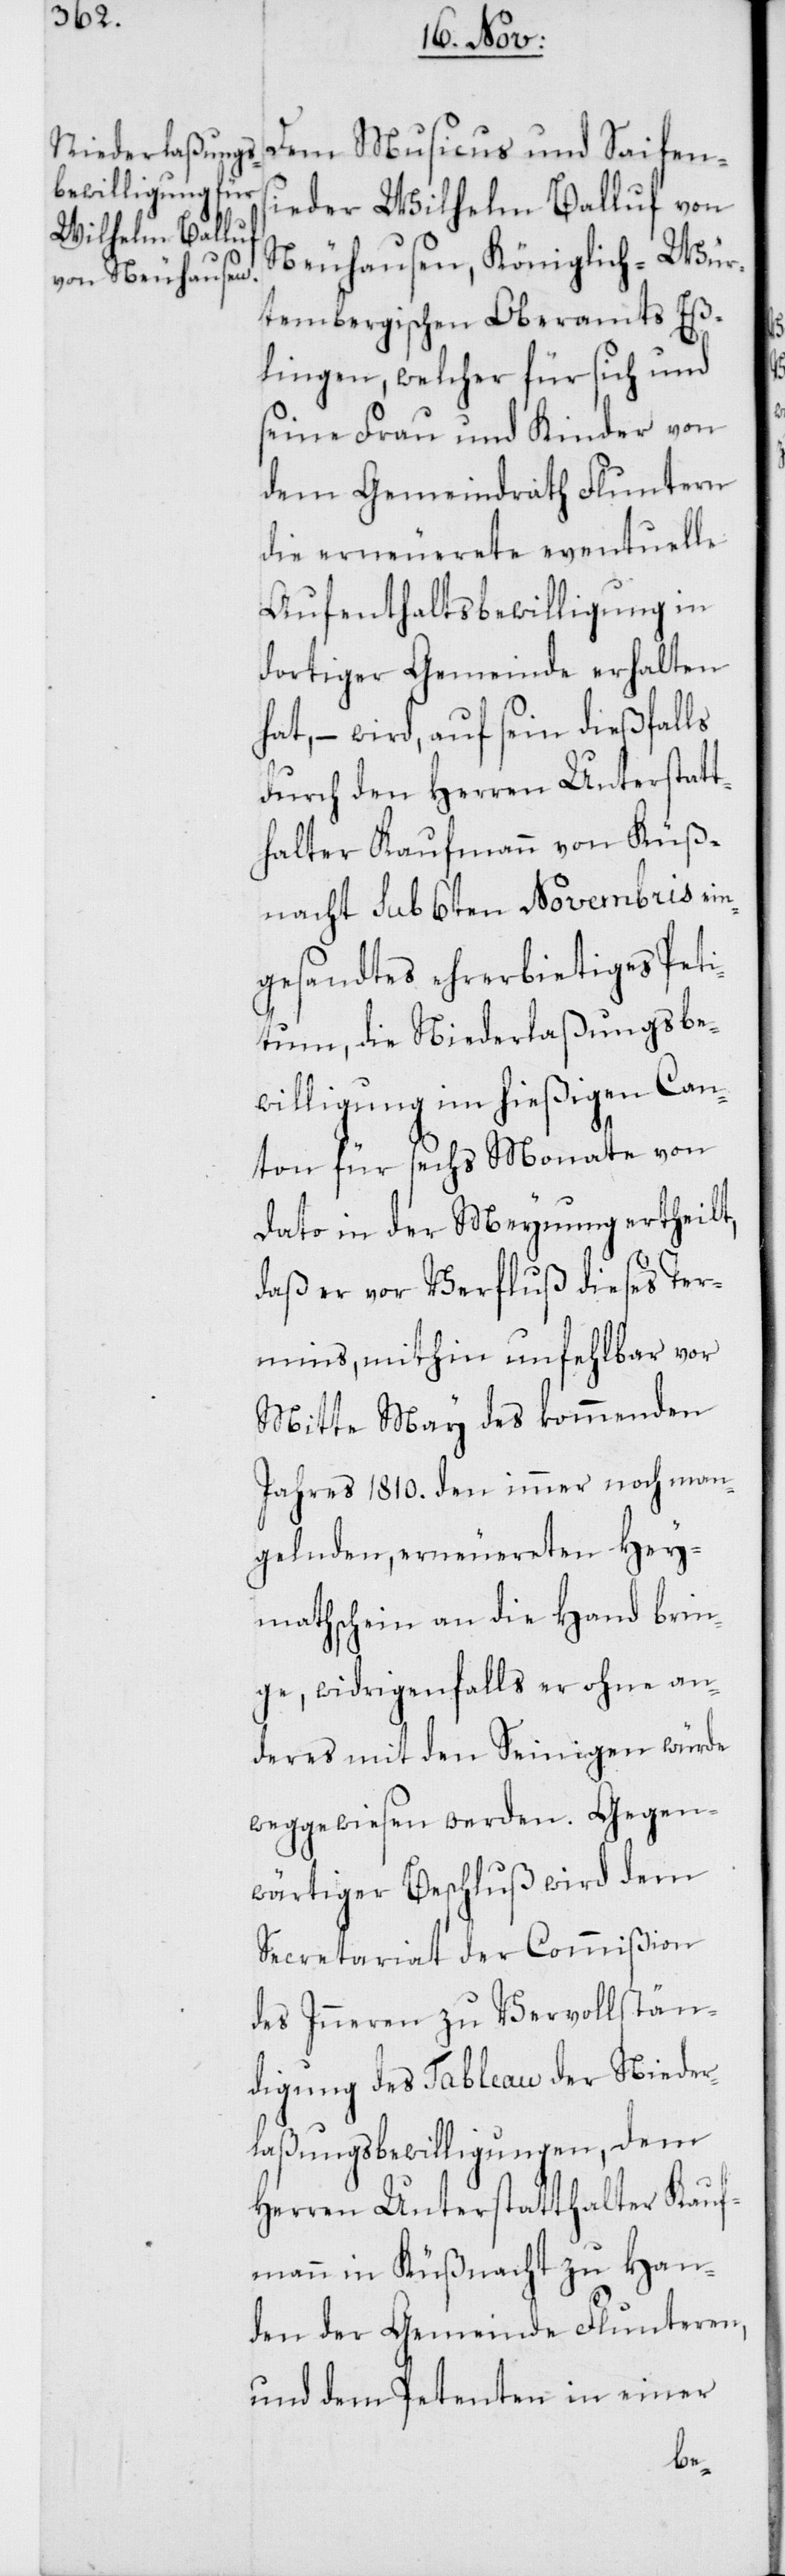
Dem Musicus und Seifens¬
ieder Wilhelm Balluf von
Neuhausen, Königlich-Wür¬
tembergischen Oberamts Eß¬
lingen, welcher für sich und
seine Frau und Kinder von
dem Gemeindrath Fluntern
die erneuerete eventuelle
Aufenthaltsbewilligung in
dortiger Gemeinde erhalten
hat, – wird, auf sein dießfalls
durch den Herren Unterstat¬
thalter Kaufmann von Küß¬
nacht sub 6ten Novembris ein¬
gesandtes ehrerbietiges Peti¬
tum, die Niederlaßungsbe¬
willigung im hießigen Can¬
ton für sechs Monate von
dato in der Meynung ertheilt,
daß er vor Verfluß dieses Ter¬
mins, mithin unfehlbar vor
Mitte May des kommenden
Jahres 1810. den immer noch man¬
gelnden, erneuereten Hey¬
mathschein an die Hand brin¬
ge, widrigenfalls er ohne an¬
deres mit den Seinigen würde
weggewiesen werden. Gegen¬
wärtiger Beschluß wird dem
Secretariat der Commißion
des Inneren zu Vervollstän¬
digung des Tableau der Nieder¬
laßungsbewilligungen, dem
Herren Unterstatthalter Kauf¬
mann in Küßnacht zu Han¬
den der Gemeinde Flunteren,
und dem Petenten in einer